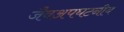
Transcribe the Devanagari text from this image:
जैवअपघटनीय